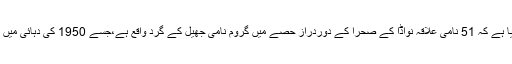
حال ہی میں امریکا کے خفیہ ادارے سی آئی اے نے اس بات کا انکشاف کیا ہے کہ 51 نامی علاقہ نواڈا کے صحرا کے دوردراز حصّے میں گروم نامی جھیل کے گرد واقع ہے،جسے 1950 کی دہائی میں امریکی فوج کے خفیہ تجرباتی مقام کے طور پر استعمال کیا جاتا رہا ہے۔